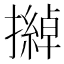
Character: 𱡂